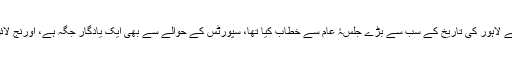
تاریخی یونیورسٹی گراؤنڈ، جہاں قائداعظمؒ نے لاہور کی تاریخ کے سب سے بڑے جلسۂ عام سے خطاب کیا تھا، سپورٹس کے حوالے سے بھی ایک یادگار جگہ ہے، اورنج لائن میٹرو پراجیکٹ کی بھینٹ چڑھ چکی ہے۔